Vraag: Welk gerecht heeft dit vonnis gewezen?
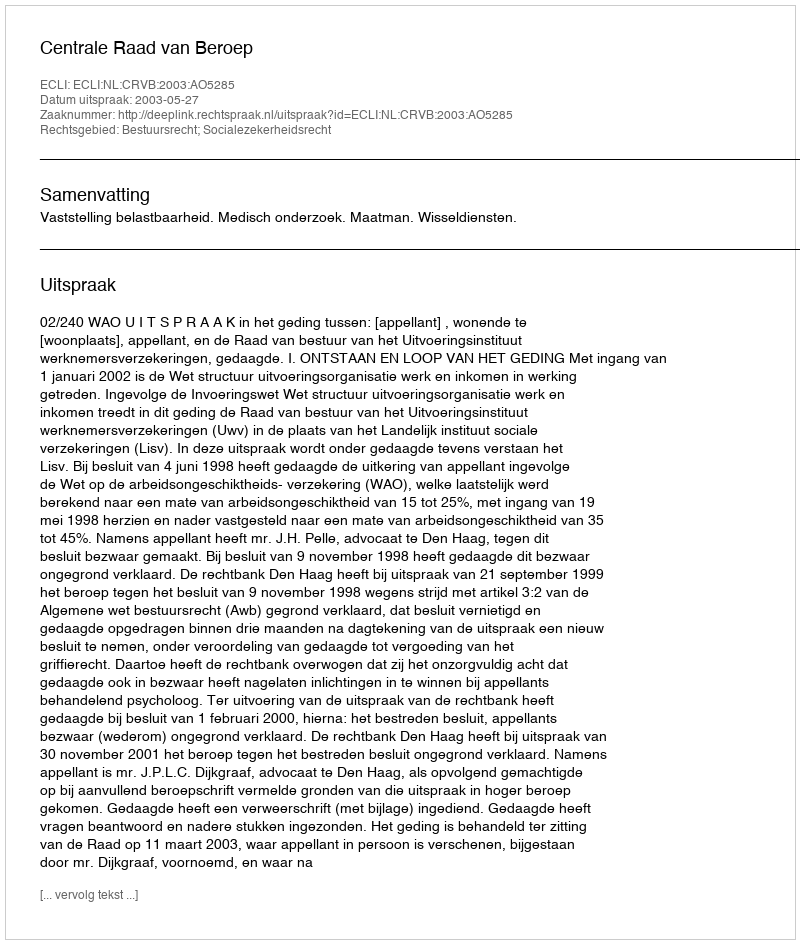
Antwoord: Centrale Raad van Beroep